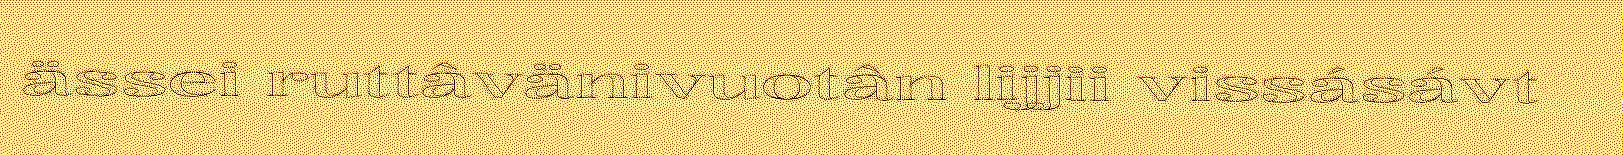
ässei ruttâvänivuotân lijjii vissásávt